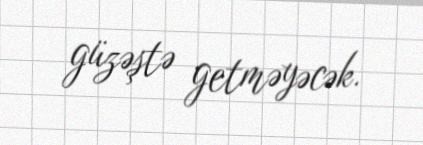
güzəştə getməyəcək.